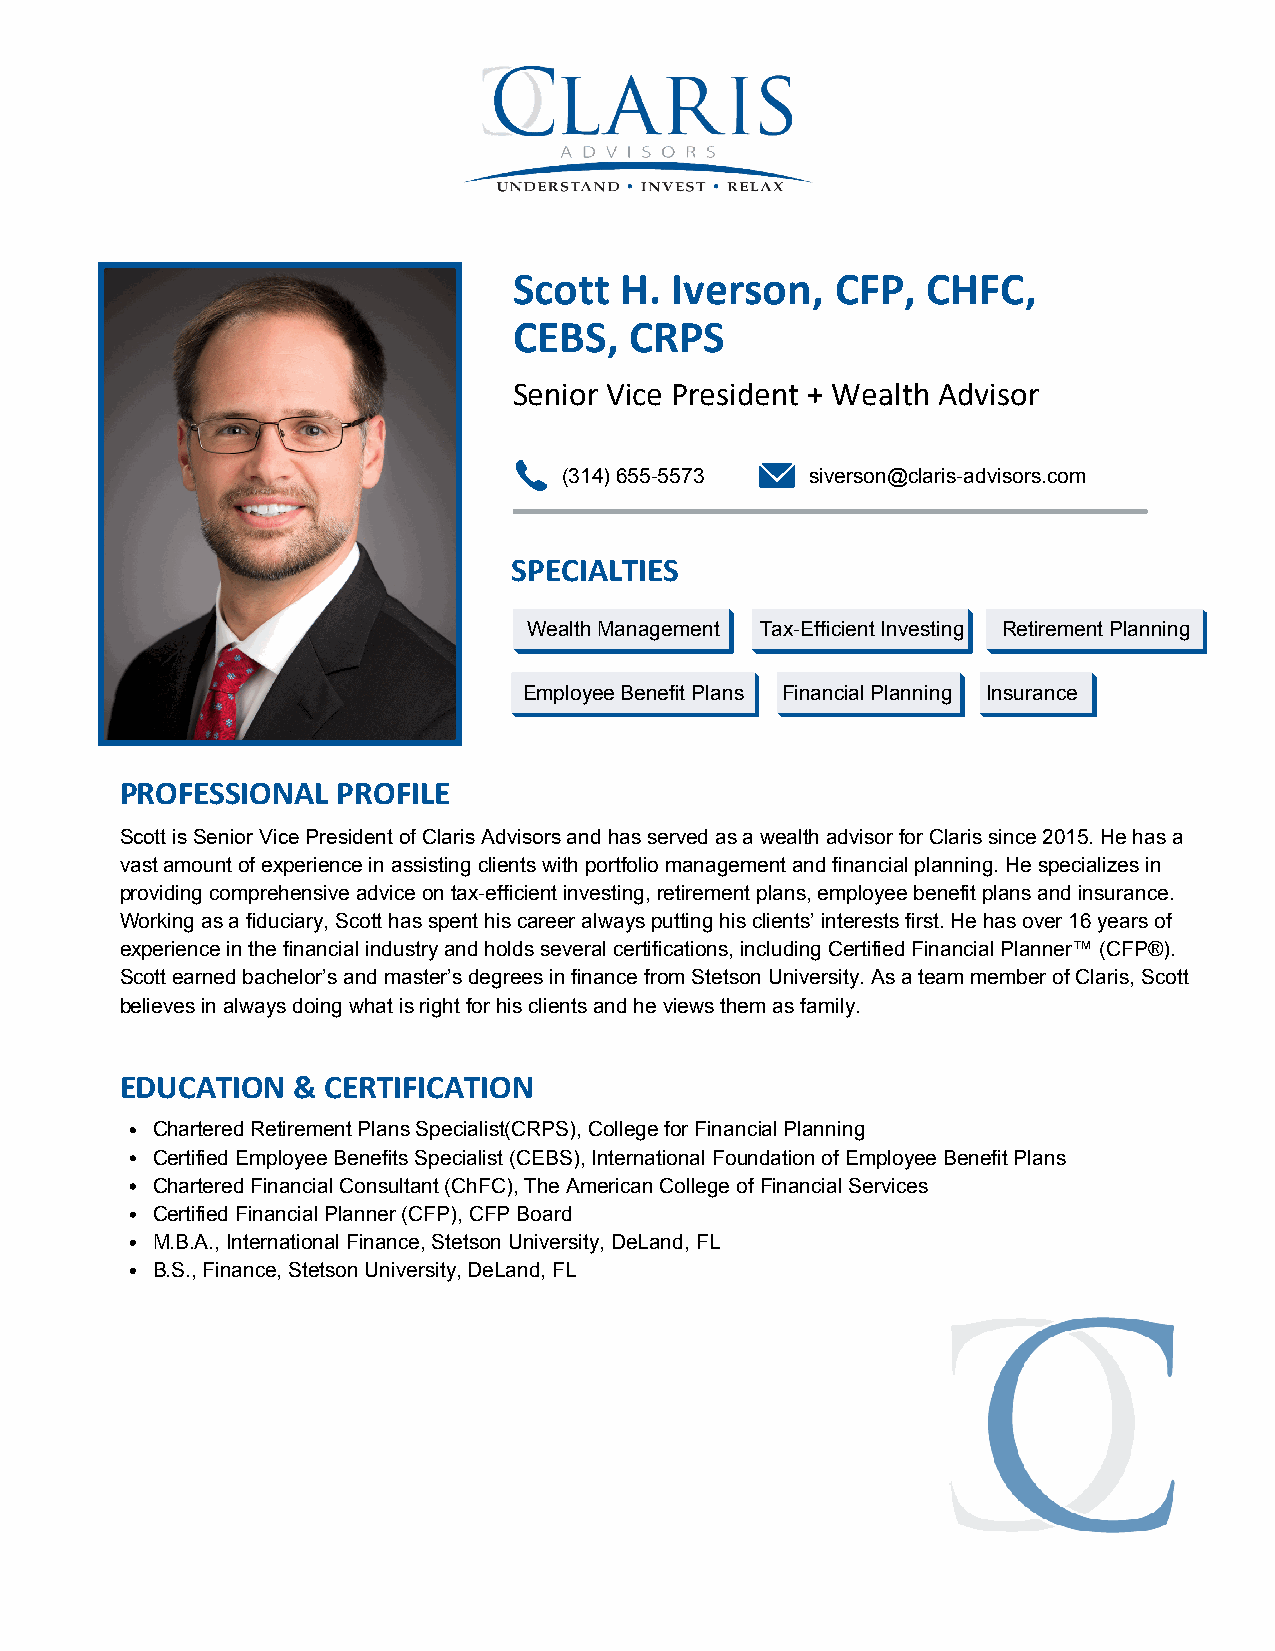
Scott  H. Iverson,   CFP,  CHFC,
 CEBS,   CRPS
 Senior Vice President + Wealth Advisor
 (314)655-5573    siverson@claris-advisors.com
 SPECIALTIES
 Wealth Management Tax-Efficient Investing Retirement Planning
 Employee Benefit Plans Financial Planning Insurance
 PROFESSIONAL  PROFILE
 Scott is Senior Vice President of Claris Advisors and has served as a wealth advisor for Claris since 2015. He has a
 vast amount of experience in assisting clients with portfolio management and financial planning. He specializes in
 providing comprehensive advice on tax-efficient investing, retirement plans, employee benefit plans and insurance.
 Working as a fiduciary, Scott has spent his career always putting his clients’ interests first. He has over 16 years of
 experience in the financial industry and holds several certifications, including Certified Financial Planner™ (CFP®).
 Scott earned bachelor’s and master’s degrees in finance from Stetson University. As a team member of Claris, Scott
 believes in always doing what is right for his clients and he views them as family.
 EDUCATION  &  CERTIFICATION
 Chartered Retirement Plans Specialist(CRPS), College for Financial Planning
 Certified Employee Benefits Specialist (CEBS), International Foundation of Employee Benefit Plans
 Chartered Financial Consultant (ChFC), The American College of Financial Services
 Certified Financial Planner (CFP), CFP Board
 M.B.A., International Finance, Stetson University, DeLand, FL
 B.S., Finance, Stetson University, DeLand, FL